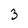
Character: 3